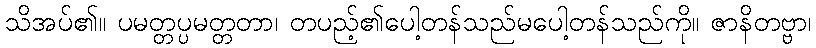
သိအပ်၏။ ပမတ္တပ္ပမတ္တတာ၊ တပည့်၏ပေါ့တန်သည်မပေါ့တန်သည်ကို။ ဇာနိတဗ္ဗာ၊